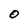
Character: O